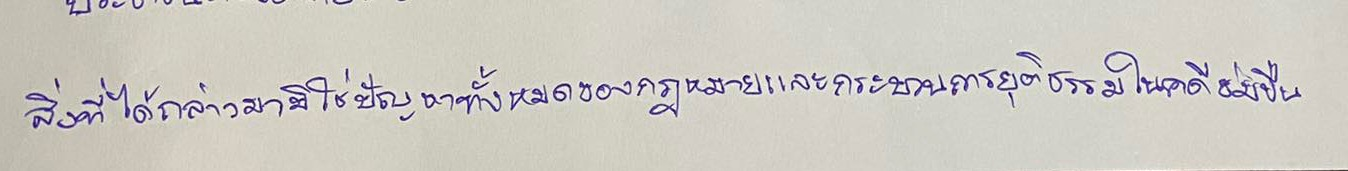
สิ่งที่ได้กล่าวมามิใช่ปัญหาทั้งหมดของกฎหมายและกระบวนการยุติธรรมในคดีข่มขืน